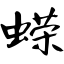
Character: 蝾